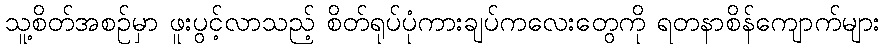
သူ့စိတ်အစဉ်မှာ ဖူးပွင့်လာသည့် စိတ်ရုပ်ပုံကားချပ်ကလေးတွေကို ရတနာစိန်ကျောက်များ